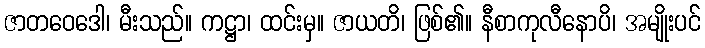
ဇာတဝေဒေါ၊ မီးသည်။ ကဋ္ဌာ၊ ထင်းမှ။ ဇာယတိ၊ ဖြစ်၏။ နီစာကုလီနောပိ၊ အမျိုးပင်